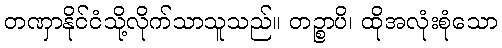
တဏှာနိုင်ငံသို့လိုက်သာသူသည်။ တဉ္စာပိ၊ ထိုအလုံးစုံသော